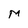
Character: M